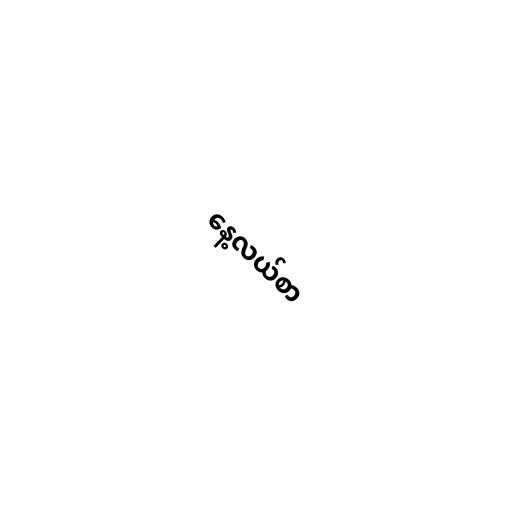
နေ့လယ်စာ